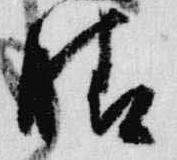
晴